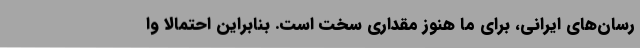
رسان‌های ایرانی، برای ما هنوز مقداری سخت است. بنابراین احتمالا وا